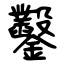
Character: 鑿